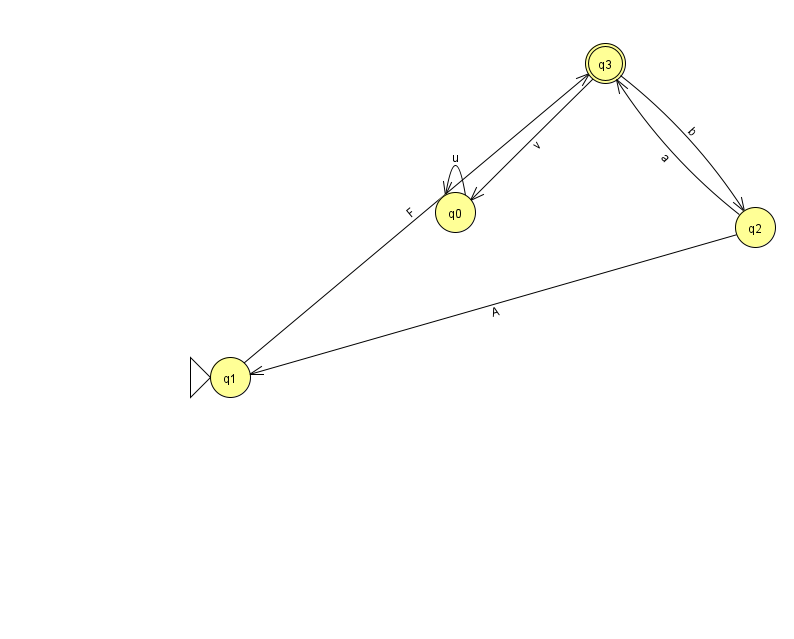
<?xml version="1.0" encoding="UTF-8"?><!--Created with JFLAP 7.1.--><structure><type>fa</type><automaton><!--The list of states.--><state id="0" name="q0"><x>455.0</x><y>199.0</y></state><state id="1" name="q1"><x>230.0</x><y>364.0</y><initial/></state><state id="2" name="q2"><x>755.0</x><y>214.0</y></state><state id="3" name="q3"><x>605.0</x><y>50.0</y><final/></state><!--The list of transitions.--><transition><from>3</from><to>0</to><read>v</read></transition><transition><from>0</from><to>0</to><read>u</read></transition><transition><from>3</from><to>2</to><read>b</read></transition><transition><from>2</from><to>3</to><read>a</read></transition><transition><from>1</from><to>3</to><read>F</read></transition><transition><from>2</from><to>1</to><read>A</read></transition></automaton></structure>